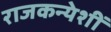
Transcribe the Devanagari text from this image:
राजकन्येशीं